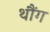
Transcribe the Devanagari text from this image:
थौंग